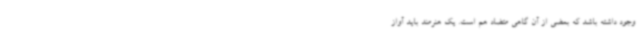
وجود داشته باشد که بعضی از آن گاهی متضاد هم است. یک هنرمند باید آواز